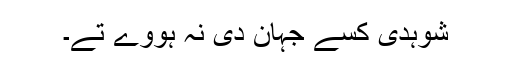
شوہدی کسے جہان دی نہ ہووے تے۔